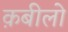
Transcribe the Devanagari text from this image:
क़बीलो